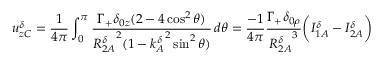
u _ { z C } ^ { \delta } = \frac { 1 } { 4 \pi } \int _ { 0 } ^ { \pi } \frac { \Gamma _ { + } \delta _ { 0 z } ( 2 - 4 \cos ^ { 2 } \theta ) } { { R _ { 2 A } ^ { \delta } } ^ { 2 } ( 1 - { k _ { A } ^ { \delta } } ^ { 2 } \sin ^ { 2 } \theta ) } \, d \theta = \frac { - 1 } { 4 \pi } \frac { \Gamma _ { + } \delta _ { 0 \rho } } { { R _ { 2 A } ^ { \delta } } ^ { 3 } } \bigg ( I _ { 1 A } ^ { \delta } - I _ { 2 A } ^ { \delta } \bigg )